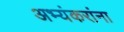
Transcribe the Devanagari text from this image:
अभ्यंकरांना